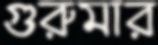
গুরুমার